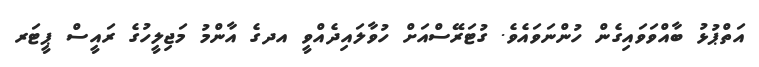
އަތްޕުޅު ބާއްވަވައިގެން ހުންނަވައެވެ. ގުޓަރޭސްއަށް ހުވާލައިދެއްވީ އދގެ އާންމު މަޖިލީހުގެ ރައީސް ޕީޓަރ